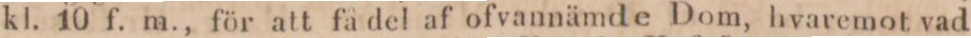
kl. 10 f. m., för att få del af ofvannämde Dom, hvaremot vad